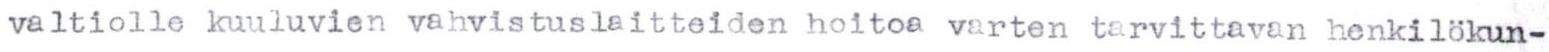
valtiolle kuuluvien vahvistuslaitteiden hoitoa varten tarvittavan henkilökun-